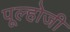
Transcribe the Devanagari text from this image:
पूल्होजी